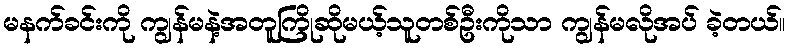
မနက်ခင်းကို ကျွန်မနဲ့အတူကြိုဆိုမယ့်သူတစ်ဦးကိုသာ ကျွန်မလိုအပ် ခဲ့တယ်။